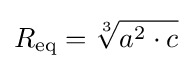
R_{\text{eq}}={\sqrt[{3}]{a^{2}\cdot c}}